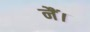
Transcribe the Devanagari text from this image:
नैं।